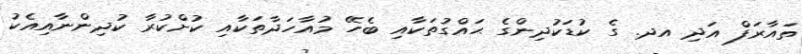
ތައާރަފް އަދި އދ. ގެ ކުޑަކުދިންގެ ޙައްގުތަކާއި ބެހޭ މުއާހަދާތަކާއި ކުށްކުރާ ކުދިންނާއިއެކު